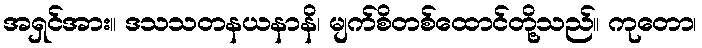
အရှင်အား။ ဒသသတနယနာနိ၊ မျက်စိတစ်ထောင်တို့သည်။ ကုတော၊